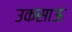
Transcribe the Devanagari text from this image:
उकसाऊ